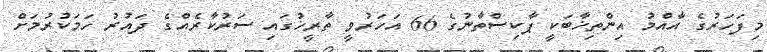
މިފަހަރުގެ އާއްމު އިންތިޚާބަކީ ޕާކިސްތާނުގެ 66 އަހަރުވީ ތާރީޚުގައި ސަރުކާރެއްގެ ދައުރު ހަމަކުރުމަށް